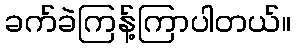
ခက်ခဲကြန့်ကြာပါတယ်။